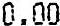
0.00